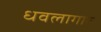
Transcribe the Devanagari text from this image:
धवलागार